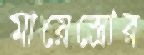
মায়েস্ত্রোর